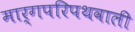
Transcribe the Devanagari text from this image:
मार्गपरिपथवाली